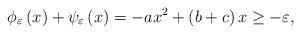
\begin{align*}\phi_\varepsilon\left(x\right)+\psi_\varepsilon \left(x\right)=-ax^{2}+\left(b+c\right)x\geq-\varepsilon,\end{align*}